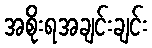
အစိုးရအချင်းချင်း